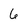
Character: 6